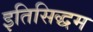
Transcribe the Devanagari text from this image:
इतिसिद्धम